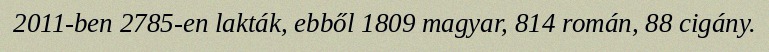
2011-ben 2785-en lakták, ebből 1809 magyar, 814 román, 88 cigány.